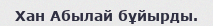
Хан Абылай бұйырды.